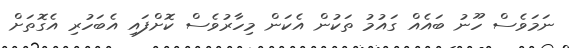
ނަމަވެސް ހޫނު ބައެއް ގައުމު ތަކުން އެކަން މިހާރުވެސް ކޮށްފައި އެބަހުރި އެގޮތަށް